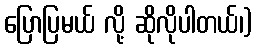
ပြောပြမယ် လို့ ဆိုလိုပါတယ်၊)